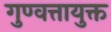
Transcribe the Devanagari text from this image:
गुण्वत्तायुक्त